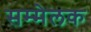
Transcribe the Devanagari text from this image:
सम्मेलक